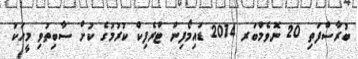
ބުރާސްފަތި 20 ނޮވެމްބަރ 2014 ޑައިމޯފިން ޓްރެފިކް ކުރުމުގެ ކުށް ސާބިތުވި މީހަކު